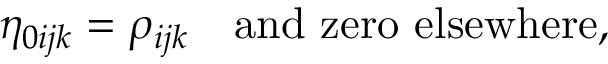
\eta _ { 0 i j k } = \rho _ { i j k } \quad \mathrm { a n d ~ z e r o ~ e l s e w h e r e } ,